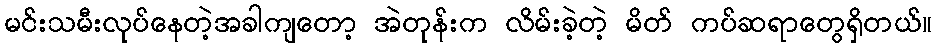
မင်းသမီးလုပ်နေတဲ့အခါကျတော့ အဲတုန်းက လိမ်းခဲ့တဲ့ မိတ် ကပ်ဆရာတွေရှိတယ်။